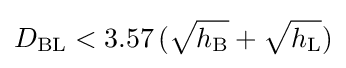
D_{\mathrm {BL} }<3.57\,({\sqrt {h_{\mathrm {B} }}}+{\sqrt {h_{\mathrm {L} }}})